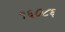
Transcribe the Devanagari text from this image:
१६०८६